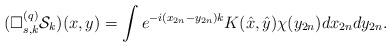
\begin{align*} (\Box^{(q)}_{s,k}\mathcal{S}_{k})(x,y)=\int e^{-i(x_{2n}-y_{2n})k}K(\hat x,\hat y)\chi(y_{2n})dx_{2n}dy_{2n}.\end{align*}